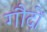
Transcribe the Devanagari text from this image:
गौदों